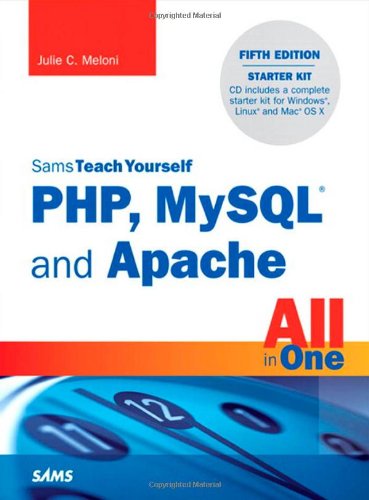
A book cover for Sams Teach Yourself PHP, MySQL and Apache All in One (5th Edition); Julie C. Meloni; Computers & Technology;